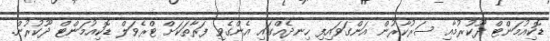
ޑޮކިއުމަންޓް ދޫކުރުމާއި ސަރުކާރުން އަންގަވައިފި ހިނދެއްގައި އެންގެވި ފަރާތަކަށް ޓްރެވަލް ޑޮކިއުމަންޓް ދޫކުރުން.